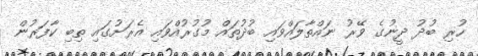
ހުރި ބުދު ދީނުގެ ވޭރު ނައްތާލައްވައި ބުދުތައް މުގުރުއްވައި އެރަށުގައި ތިބި ކާފަރުން